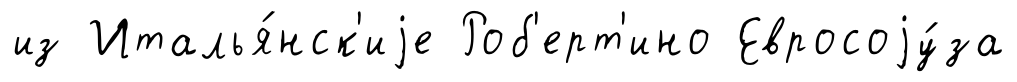
из Италья́нск'иjе Роб'ерт'ино Евросоjу́за